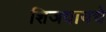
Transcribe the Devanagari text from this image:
शिजवायचे